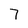
Character: 7